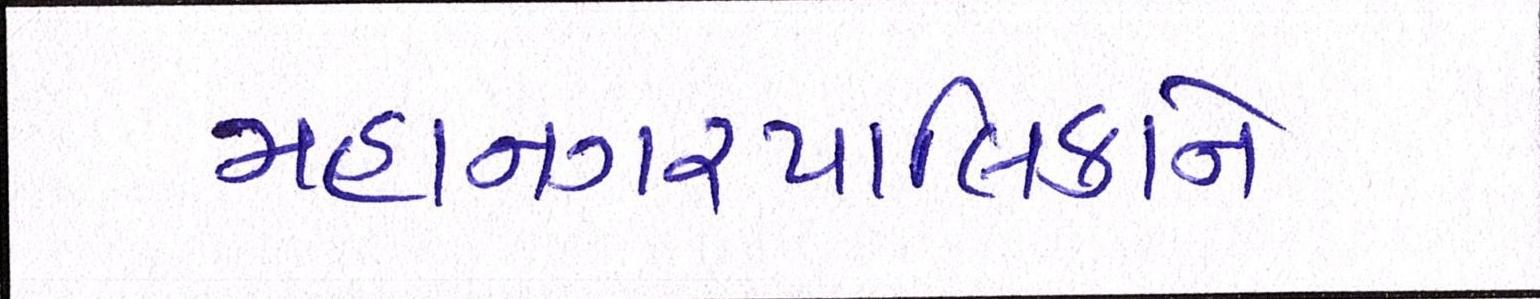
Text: મહાનગરપાલિકાને